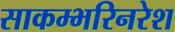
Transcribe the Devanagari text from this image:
साकम्भरिनरेश